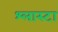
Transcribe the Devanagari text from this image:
श्लास्टा